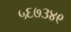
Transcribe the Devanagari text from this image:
५६७३४९